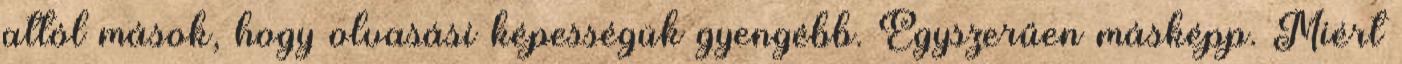
attól mások, hogy olvasási képességük gyengébb. Egyszerűen másképp. Miért